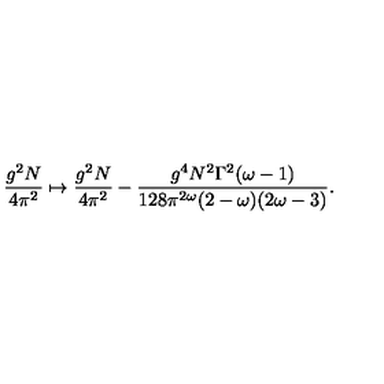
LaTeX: \frac { g ^ { 2 } N } { 4 \pi ^ { 2 } } \mapsto \frac { g ^ { 2 } N } { 4 \pi ^ { 2 } } - \frac { g ^ { 4 } N ^ { 2 } \Gamma ^ { 2 } ( \omega - 1 ) } { 1 2 8 \pi ^ { 2 \omega } ( 2 - \omega ) ( 2 \omega - 3 ) } .